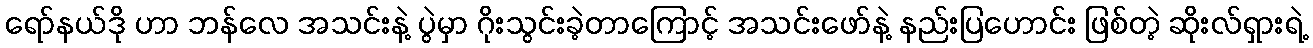
ရော်နယ်ဒို ဟာ ဘန်လေ အသင်းနဲ့ ပွဲမှာ ဂိုးသွင်းခဲ့တာကြောင့် အသင်းဖော်နဲ့ နည်းပြဟောင်း ဖြစ်တဲ့ ဆိုးလ်ရှားရဲ့